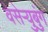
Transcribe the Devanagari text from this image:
वेसेऱ्युबुंग